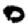
Digit: 0